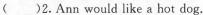
()2.Annwoud like a hot dog.